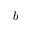
b